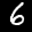
Label: 6